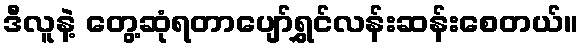
ဒီလူနဲ့ တွေ့ဆုံရတာပျော်ရွှင်လန်းဆန်းစေတယ်။